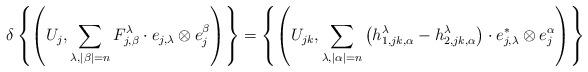
LaTeX: \begin{align*}\delta\left\{\left(U_j, \sum_{\lambda, |\beta|=n}F_{j, \beta}^\lambda\cdot e_{j, \lambda}\*\otimes e_j^\beta\right)\right\}=\left\{\left(U_{jk}, \sum_{\lambda, |\alpha|=n} \left(h^\lambda_{1, jk, \alpha}-h^\lambda_{2, jk, \alpha}\right)\cdot e_{j, \lambda}^*\otimes e_j^\alpha\right)\right\} \end{align*}